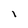
Character: I